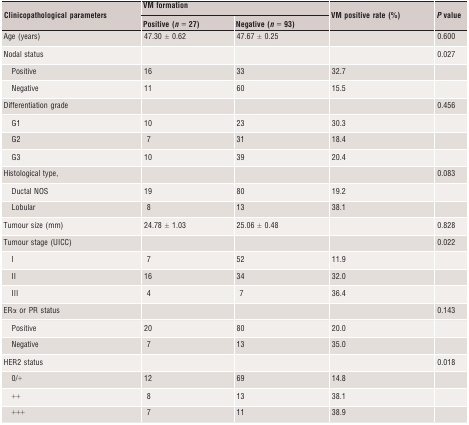
<table><thead><tr><td rowspan="2"><b>Clinicopathological parameters</b></td><td colspan="2"><b>VM formation</b></td><td rowspan="2"><b>VM positive rate (%)</b></td><td rowspan="2"><b><i>P</i> value</b></td></tr><tr><td><b>Positive (<i>n</i> = 27)</b></td><td><b>Negative (<i>n</i> = 93)</b></td></tr></thead><tbody><tr><td>Age (years)</td><td>47.30 ± 0.62</td><td>47.67 ± 0.25</td><td></td><td>0.600</td></tr><tr><td>Nodal status</td><td></td><td></td><td></td><td>0.027</td></tr><tr><td> Positive</td><td>16</td><td>33</td><td>32.7</td><td></td></tr><tr><td> Negative</td><td>11</td><td>60</td><td>15.5</td><td></td></tr><tr><td>Differentiation grade</td><td></td><td></td><td></td><td>0.456</td></tr><tr><td> G1</td><td>10</td><td>23</td><td>30.3</td><td></td></tr><tr><td> G2</td><td>7</td><td>31</td><td>18.4</td><td></td></tr><tr><td> G3</td><td>10</td><td>39</td><td>20.4</td><td></td></tr><tr><td>Histological type,</td><td></td><td></td><td></td><td>0.083</td></tr><tr><td> Ductal NOS</td><td>19</td><td>80</td><td>19.2</td><td></td></tr><tr><td> Lobular</td><td>8</td><td>13</td><td>38.1</td><td></td></tr><tr><td>Tumour size (mm)</td><td>24.78 ± 1.03</td><td>25.06 ± 0.48</td><td></td><td>0.828</td></tr><tr><td>Tumour stage (UICC)</td><td></td><td></td><td></td><td>0.022</td></tr><tr><td> I</td><td>7</td><td>52</td><td>11.9</td><td></td></tr><tr><td> II</td><td>16</td><td>34</td><td>32.0</td><td></td></tr><tr><td> III</td><td>4</td><td>7</td><td>36.4</td><td></td></tr><tr><td>ERα or PR status</td><td></td><td></td><td></td><td>0.143</td></tr><tr><td> Positive</td><td>20</td><td>80</td><td>20.0</td><td></td></tr><tr><td> Negative</td><td>7</td><td>13</td><td>35.0</td><td></td></tr><tr><td>HER2 status</td><td></td><td></td><td></td><td>0.018</td></tr><tr><td> 0/+</td><td>12</td><td>69</td><td>14.8</td><td></td></tr><tr><td> ++</td><td>8</td><td>13</td><td>38.1</td><td></td></tr><tr><td> +++</td><td>7</td><td>11</td><td>38.9</td><td></td></tr></tbody></table>